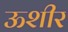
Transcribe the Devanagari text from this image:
ऊशीर